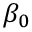
\protect \beta _ { 0 }